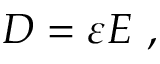
{ \boldsymbol { D } } = \varepsilon { \boldsymbol { E } } \ ,